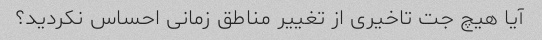
آیا هیچ جت تاخیری از تغییر مناطق زمانی احساس نکردید؟